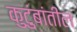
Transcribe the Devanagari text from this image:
कुटुंबांतील